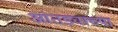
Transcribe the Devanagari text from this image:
आंतड्याच्या